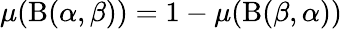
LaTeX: \mu(\mathrm{B}(\alpha,\beta))=1-\mu(\mathrm{B}(\beta,\alpha))